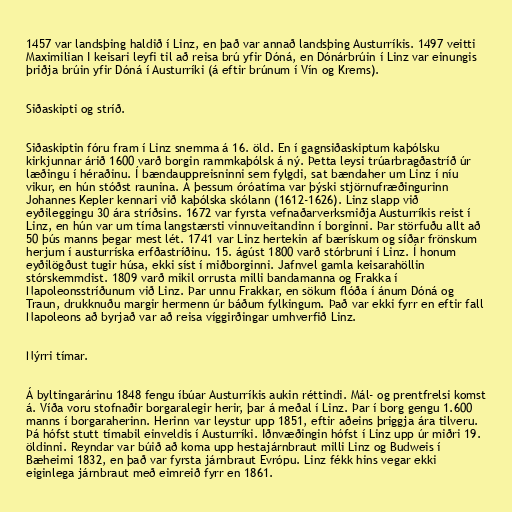
1457 var landsþing haldið í Linz, en það var annað landsþing Austurríkis. 1497 veitti
Maximilian I keisari leyfi til að reisa brú yfir Dóná, en Dónárbrúin í Linz var einungis
þriðja brúin yfir Dóná í Austurríki (á eftir brúnum í Vín og Krems).

Siðaskipti og stríð.

Siðaskiptin fóru fram í Linz snemma á 16. öld. En í gagnsiðaskiptum kaþólsku
kirkjunnar árið 1600 varð borgin rammkaþólsk á ný. Þetta leysi trúarbragðastríð úr
læðingu í héraðinu. Í bændauppreisninni sem fylgdi, sat bændaher um Linz í níu
vikur, en hún stóðst raunina. Á þessum óróatíma var þýski stjörnufræðingurinn
Johannes Kepler kennari við kaþólska skólann (1612-1626). Linz slapp við
eyðileggingu 30 ára stríðsins. 1672 var fyrsta vefnaðarverksmiðja Austurríkis reist í
Linz, en hún var um tíma langstærsti vinnuveitandinn í borginni. Þar störfuðu allt að
50 þús manns þegar mest lét. 1741 var Linz hertekin af bærískum og síðar frönskum
herjum í austurríska erfðastríðinu. 15. ágúst 1800 varð stórbruni í Linz. Í honum
eyðilögðust tugir húsa, ekki síst í miðborginni. Jafnvel gamla keisarahöllin
stórskemmdist. 1809 varð mikil orrusta milli bandamanna og Frakka í
Napoleonsstríðunum við Linz. Þar unnu Frakkar, en sökum flóða í ánum Dóná og
Traun, drukknuðu margir hermenn úr báðum fylkingum. Það var ekki fyrr en eftir fall
Napoleons að byrjað var að reisa víggirðingar umhverfið Linz.

Nýrri tímar.

Á byltingarárinu 1848 fengu íbúar Austurríkis aukin réttindi. Mál- og prentfrelsi komst
á. Víða voru stofnaðir borgaralegir herir, þar á meðal í Linz. Þar í borg gengu 1.600
manns í borgaraherinn. Herinn var leystur upp 1851, eftir aðeins þriggja ára tilveru.
Þá hófst stutt tímabil einveldis í Austurríki. Iðnvæðingin hófst í Linz upp úr miðri 19.
öldinni. Reyndar var búið að koma upp hestajárnbraut milli Linz og Budweis í
Bæheimi 1832, en það var fyrsta járnbraut Evrópu. Linz fékk hins vegar ekki
eiginlega járnbraut með eimreið fyrr en 1861.